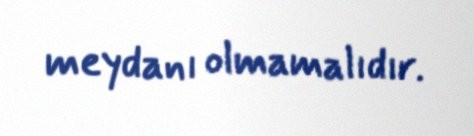
meydanı olmamalıdır.